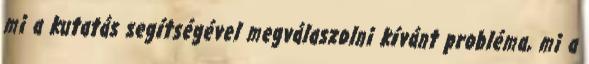
mi a kutatás segítségével megválaszolni kívánt probléma, mi a